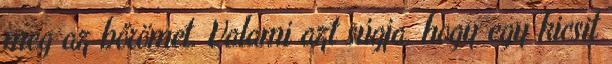
meg az bőrömet. Valami azt súgja, hogy egy kicsit